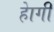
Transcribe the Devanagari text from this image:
हेागी